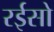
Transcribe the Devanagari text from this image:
रईसो